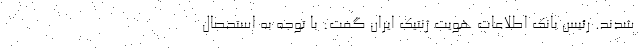
شدند. رئیس بانک اطلاعات هویت ژنتیک ایران گفت: با توجه به استحصال